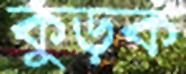
কুড়ক